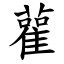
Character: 雚